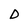
Character: D